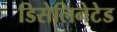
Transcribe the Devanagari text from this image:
डिसेलिनेटेड